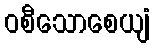
ဝစီသောစေယျံ